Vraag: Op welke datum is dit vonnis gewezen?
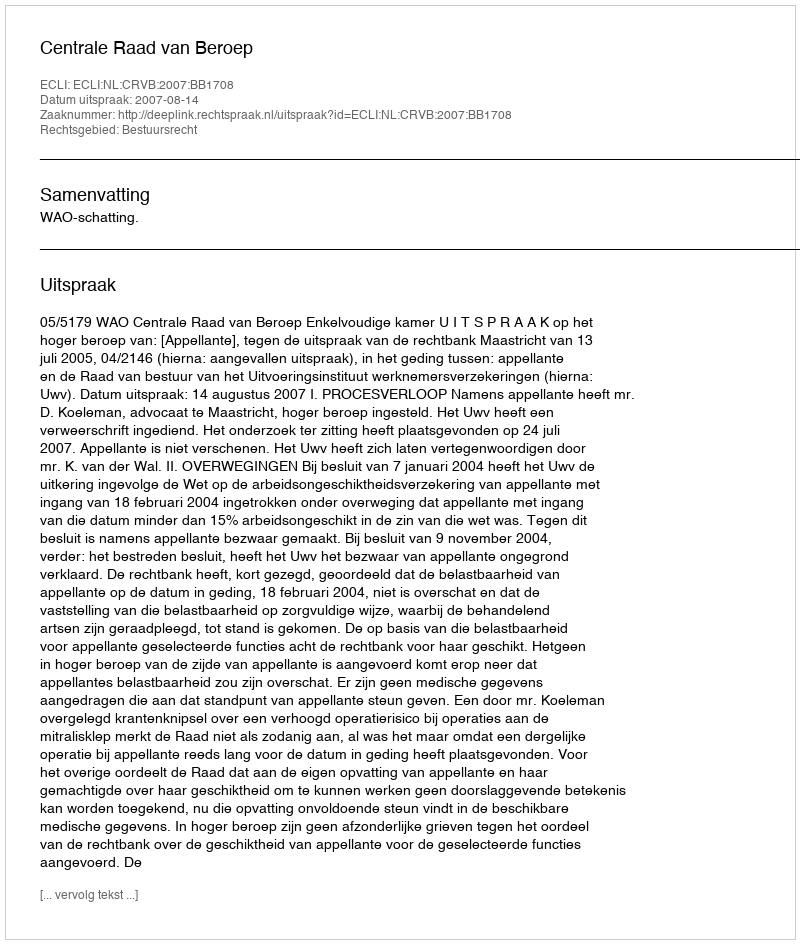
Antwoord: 2007-08-14